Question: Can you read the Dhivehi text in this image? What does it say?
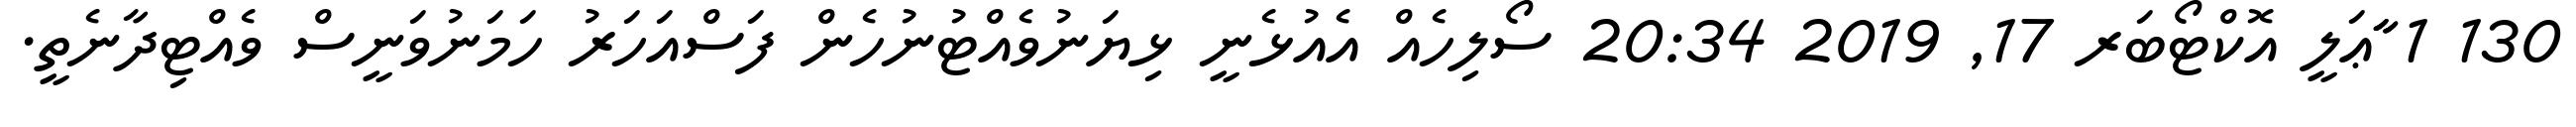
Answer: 130 1 ާާާޢަލީ އޮކްޓޯބަރ 17, 2019 20:34 ސޯލިހެއް އެއުޅެނީ ޅިޔަނުވެއްޓުނުހެން ފަސްއަހަރު ހަމަނުވަނީސް ވެއްޓިދާނެތީ.